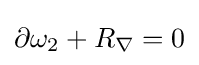
\partial \omega _{2}+R_{\nabla }=0